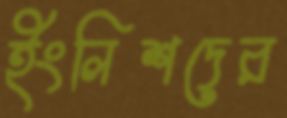
ইংলিশদের